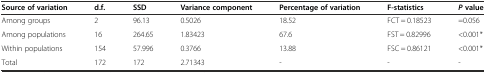
<table><thead><tr><td><b>Source of variation</b></td><td><b>d.f.</b></td><td><b>SSD</b></td><td><b>Variance component</b></td><td><b>Percentage of variation</b></td><td><b>F-statistics</b></td><td><b><i>P</i>value</b></td></tr></thead><tbody><tr><td>Among groups</td><td>2</td><td>96.13</td><td>0.5026</td><td>18.52</td><td>FCT = 0.18523</td><td>=0.056</td></tr><tr><td>Among populations</td><td>16</td><td>264.65</td><td>1.83423</td><td>67.6</td><td>FST = 0.82996</td><td>&lt;0.001*</td></tr><tr><td>Within populations</td><td>154</td><td>57.996</td><td>0.3766</td><td>13.88</td><td>FSC = 0.86121</td><td>&lt;0.001*</td></tr><tr><td>Total</td><td>172</td><td>172</td><td>2.71343</td><td>-</td><td>-</td><td>-</td></tr></tbody></table>